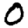
Digit: 0